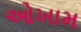
ઓખામ